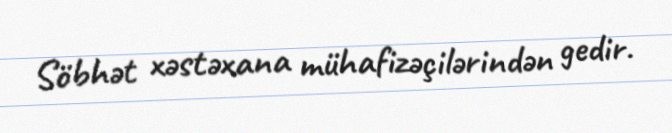
Söbhət xəstəxana mühafizəçilərindən gedir.